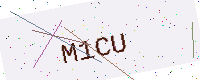
Text: M1CU